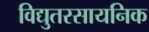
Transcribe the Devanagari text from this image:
विद्युतरसायनिक